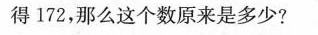
得172，那么这个数原来是多少?